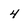
Character: 4